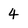
Character: 4